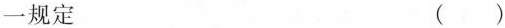
一规定 ()